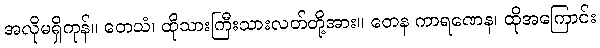
အလိုမရှိကုန်။ တေသံ၊ ထိုသားကြီးသားလတ်တို့အား။ တေန ကာရဏေန၊ ထိုအကြောင်း